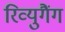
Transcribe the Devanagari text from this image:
रिव्युगैंग